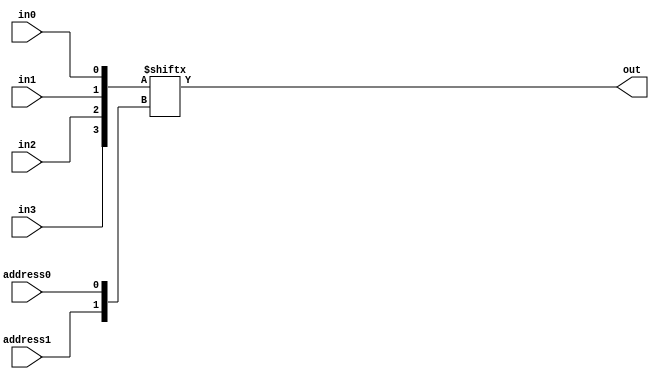

`define AND and #50
`define OR or #50
`define NOT not #50

module behavioralMultiplexer(out, address0,address1, in0,in1,in2,in3);
output out;
input address0, address1;
input in0, in1, in2, in3;
wire[3:0] inputs = {in3, in2, in1, in0};
wire[1:0] address = {address1, address0};
assign out = inputs[address];
endmodule

module structuralMultiplexer(out, address0,address1, in0,in1,in2,in3);
output out;
input address0, address1;
input in0, in1, in2, in3;
 // Your Code Here

// declarations
wire combo0, combo1, combo2, combo3;
wire nA, nB;

`NOT(nA, address0);
`NOT(nB, address1);
`AND(combo0, in0, nB, nA);
`AND(combo1, in1, nB, address0);
`AND(combo2, in2, address1, nA);
`AND(combo3, in3, address1, address0);

`OR(out, combo0, combo1, combo2, combo3);

endmodule


module testMultiplexer;
 // Your Code Here
reg addr0, addr1;
reg in0,in1,in2,in3;
wire out;
//behavioralMultiplexer muxer (out,addr0,addr1,in0,in1,in2,in3);
structuralMultiplexer muxer (out,addr0,addr1,in0,in1,in2,in3); // Swap after testing

initial begin
// just testing two sets of inital conditions (in0,in1,in2,in3)
$display("A1 A0 | in3 in2 in1 in0 | out | Expected Output"); // opposite of provided test bed:
// LSB on the right.
in0 = 1; in1 = 0; in2 = 1; in3 = 0; // my first set of initial conditions
addr0=0;addr1=0; #1000 
$display("%b  %b  |  %b   %b   %b   %b  |  %b  | Input 0 (1)", addr1, addr0, in3, in2, in1, in0, out);
addr0=1;addr1=0; #1000
$display("%b  %b  |  %b   %b   %b   %b  |  %b  | Input 1 (0)", addr1, addr0, in3, in2, in1, in0, out);
addr0=0;addr1=1; #1000 
$display("%b  %b  |  %b   %b   %b   %b  |  %b  | Input 2 (1)", addr1, addr0, in3, in2, in1, in0, out);
addr0=1;addr1=1; #1000 
$display("%b  %b  |  %b   %b   %b   %b  |  %b  | Input 3 (0)", addr1, addr0, in3, in2, in1, in0, out);
in0 = 0; in1 = 1; in2 = 0; in3 = 1; // my second set of initial conditions
addr0=0;addr1=0; #1000 
$display("%b  %b  |  %b   %b   %b   %b  |  %b  | Input 0 (0)", addr1, addr0, in3, in2, in1, in0, out);
addr0=1;addr1=0; #1000 
$display("%b  %b  |  %b   %b   %b   %b  |  %b  | Input 1 (1)", addr1, addr0, in3, in2, in1, in0, out);
addr0=0;addr1=1; #1000 
$display("%b  %b  |  %b   %b   %b   %b  |  %b  | Input 2 (0)", addr1, addr0, in3, in2, in1, in0, out);
addr0=1;addr1=1; #1000 
$display("%b  %b  |  %b   %b   %b   %b  |  %b  | Input 3 (1)", addr1, addr0, in3, in2, in1, in0, out);

//$display("%b  %b  |  %b   %b ", combo0, combo1, combo2, combo3);

end
endmodule